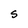
Character: S